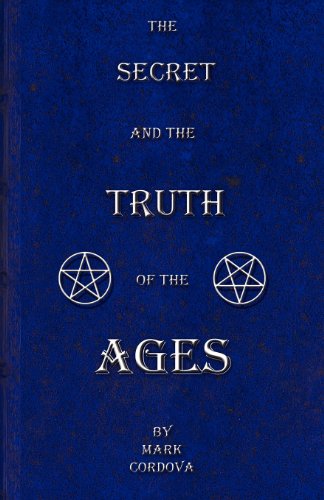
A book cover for The Secret and the Truth of the Ages; Mark Cordova; Politics & Social Sciences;